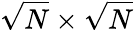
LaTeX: \sqrt{N}\times\sqrt{N}